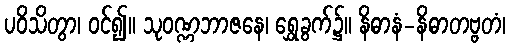
ပဝိသိတွာ၊ ဝင်၍။ သုဝဏ္ဏဘာဇနေ၊ ရွှေခွက်၌။ နိဓာနံ-နိဓာတဗ္ဗတံ၊